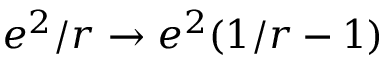
e ^ { 2 } / r \to e ^ { 2 } ( 1 / r - 1 )